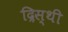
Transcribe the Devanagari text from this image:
द्रिस्थी